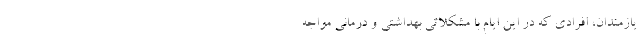
یازمندان، افرادی که در این ایام با مشکلاتی بهداشتی و درمانی مواجه